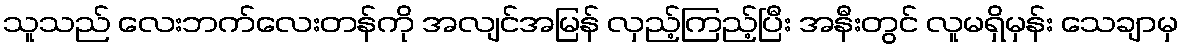
သူသည် လေးဘက်လေးတန်ကို အလျင်အမြန် လှည့်ကြည့်ပြီး အနီးတွင် လူမရှိမှန်း သေချာမှ